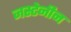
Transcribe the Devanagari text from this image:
जस्टेनीन